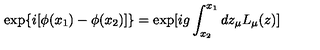
\exp \{ i [ \phi ( x _ { 1 } ) - \phi ( x _ { 2 } ) ] \} = \exp [ i g \int _ { x _ { 2 } } ^ { x _ { 1 } } d z _ { \mu } L _ { \mu } ( z ) ]